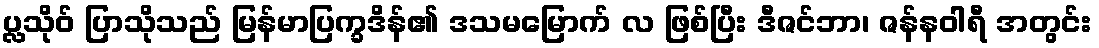
ပ္လသိုဝ် ပြာသိုသည် မြန်မာပြက္ခဒိန်၏ ဒသမမြောက် လ ဖြစ်ပြီး ဒီဇင်ဘာ၊ ဇန်နဝါရီ အတွင်း